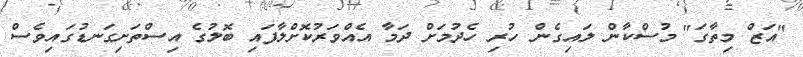
"އަޒް މިތާގަ" މުސްކާން ލައިގެން ހުރި ހެދުމަށް ދަމާ އެއްވަރުކޮށްލާފައި ބޮލުގެ އިސްތަށިގަނޑުގައިވެސް